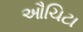
ઔચિટા